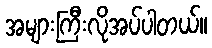
အများကြီးလိုအပ်ပါတယ်။